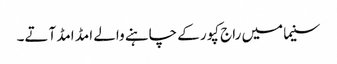
سنیما میں راج کپور کے چاہنے والے امڈ امڈ آتے۔